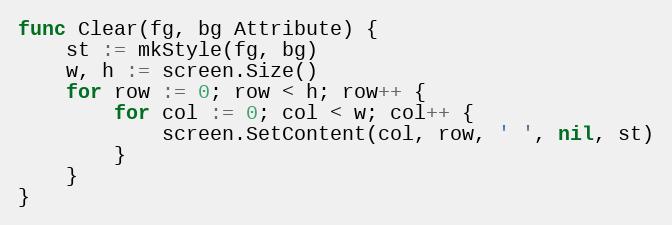
Language: Go
func Clear(fg, bg Attribute) {
	st := mkStyle(fg, bg)
	w, h := screen.Size()
	for row := 0; row < h; row++ {
		for col := 0; col < w; col++ {
			screen.SetContent(col, row, ' ', nil, st)
		}
	}
}